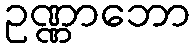
ဥဏ္ဏာဘော